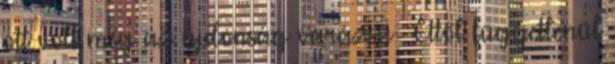
ott volt még az újdonság varázsa . Ettől függetlenül